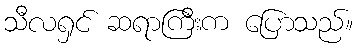
သီလရှင် ဆရာကြီးက ပြောသည်။